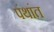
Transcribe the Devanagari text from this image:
पंथांत